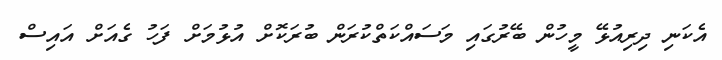
އެކަނި ދިރިއުޅޭ މީހުން ބޭރުގައި މަސައްކަތްކުރަން ބުރަކޮށް އުޅުމަށް ފަހު ގެއަށް އައިސް